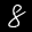
Label: 8